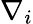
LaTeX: \nabla_{i}